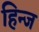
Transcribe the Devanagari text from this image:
हिन्ज